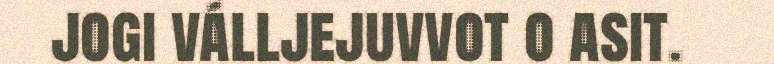
jogi válljejuvvot o asit.